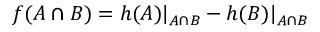
f ( A \cap B ) = h ( A ) | _ { A \cap B } - h ( B ) | _ { A \cap B }